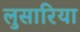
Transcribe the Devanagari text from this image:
लुसारिया